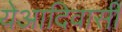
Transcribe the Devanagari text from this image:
येआदिवासी